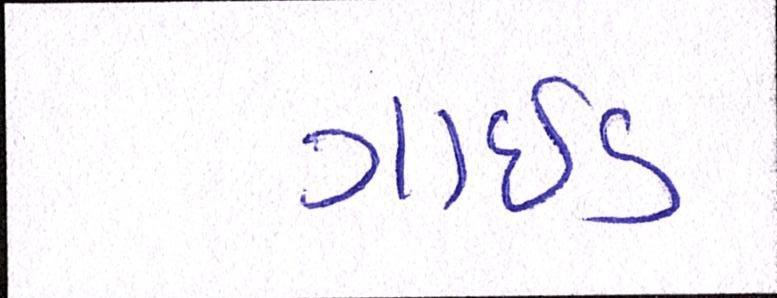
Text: ગાઇડ